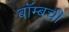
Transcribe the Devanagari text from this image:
बॉम्बची